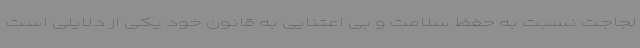
لجاجت نسبت به حفظ سلامت و بی اعتنایی به قانون خود یکی از دلایلی است